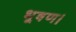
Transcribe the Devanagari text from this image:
भूषण।